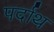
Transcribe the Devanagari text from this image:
पर्दाथ